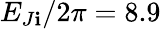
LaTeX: E_{J\mathbf{i}}/2\pi=8.9